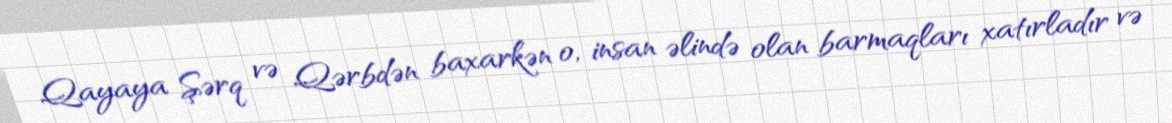
Qayaya Şərq və Qərbdən baxarkən o, insan əlində olan barmaqları xatırladır və